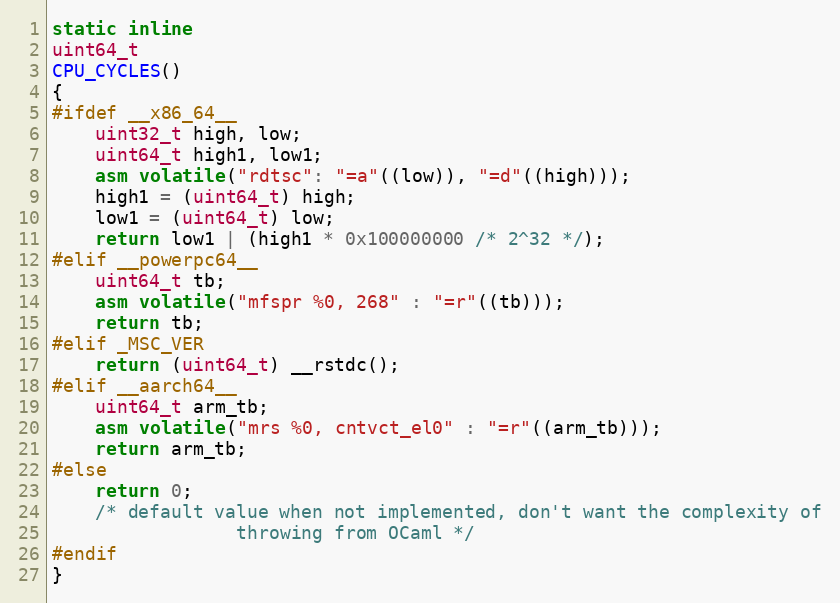
Language: C
static inline
uint64_t
CPU_CYCLES()
{
#ifdef __x86_64__
    uint32_t high, low;
    uint64_t high1, low1;
    asm volatile("rdtsc": "=a"((low)), "=d"((high)));
    high1 = (uint64_t) high;
    low1 = (uint64_t) low;
    return low1 | (high1 * 0x100000000 /* 2^32 */);
#elif __powerpc64__
    uint64_t tb;
    asm volatile("mfspr %0, 268" : "=r"((tb)));
    return tb;
#elif _MSC_VER
    return (uint64_t) __rstdc();
#elif __aarch64__
    uint64_t arm_tb;
    asm volatile("mrs %0, cntvct_el0" : "=r"((arm_tb)));
    return arm_tb;
#else
    return 0;
    /* default value when not implemented, don't want the complexity of
                 throwing from OCaml */
#endif
}